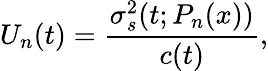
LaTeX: U_{n}(t)=\frac{\sigma_{s}^{2}(t;P_{n}(x))}{c(t)},